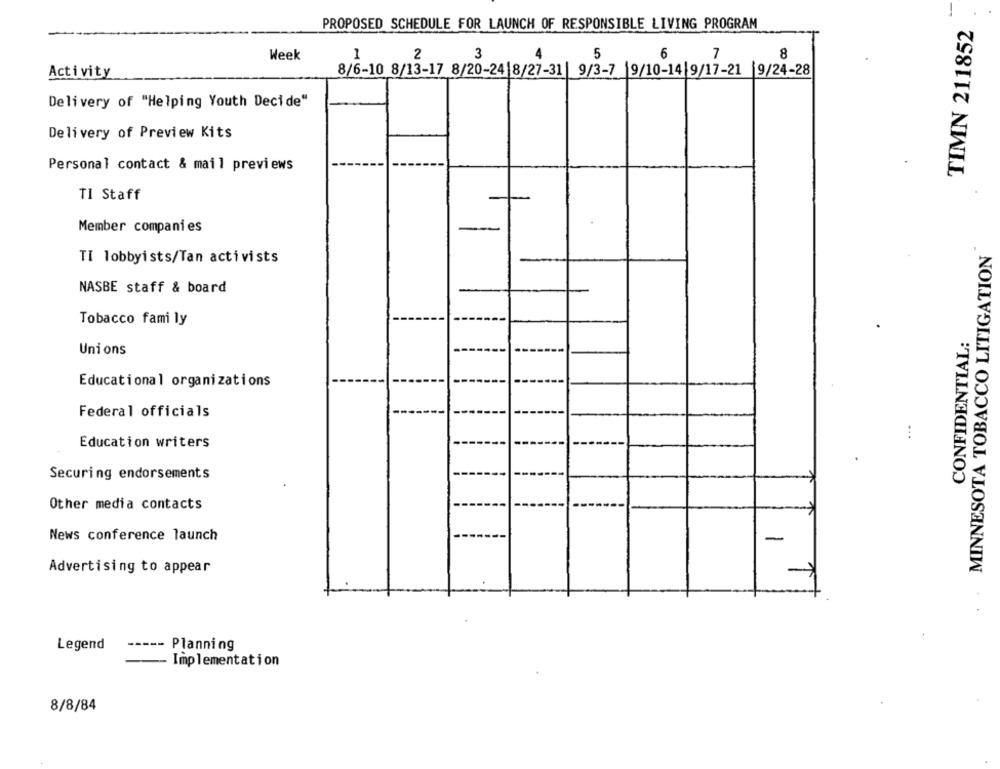
-
TIMN 211852
PROPOSED SCHEDULE FOR LAUNCH OF RESPONSIBLE LIVING PROGRAM
2
3
5
6
7
8
Week
1
Activity
8/6-10 8/13-17 8/20-24|8/27-31 | 9/3-7 |9/10-14|9/17-21 |9/24-28
Delivery of "Helping Youth Decide"
Delivery of Preview Kits
Personal contact & mail previews
TI Staff
Member companies
MINNESOTA TOBACCO LITIGATION
TI lobbyists/Tan activists
NASBE staff & board
Tobacco family
CONFIDENTIAL:
Unions
Educational organizations
Federal officials
Education writers
Securing endorsements
Other media contacts
News conference launch
-
Advertising to appear
Legend
-- Planning
- Implementation
8/8/84